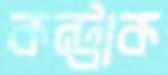
কন্ট্রাক